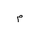
Letter: _mim